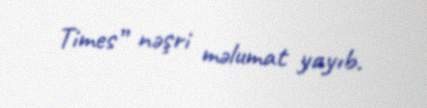
Times” nəşri məlumat yayıb.